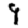
Digit: 9